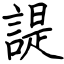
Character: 諟